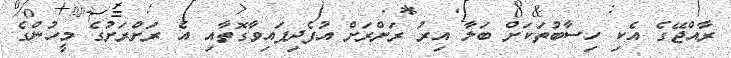
ރާއްޖޭގެ އެކި ހިސާބުތަކަށް ބަލާ އިރު ރަށްރަށް އުފެދިފައިވާގޮތާއި އެ ރަށްރަށުގެ މީހުންގެ